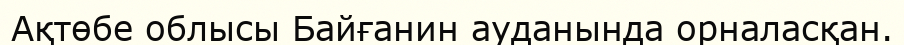
Ақтөбе облысы Байғанин ауданында орналасқан.